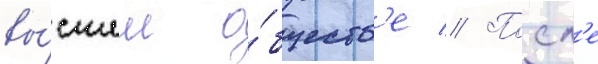
вы́сшем о́бществ'е // Посл'е